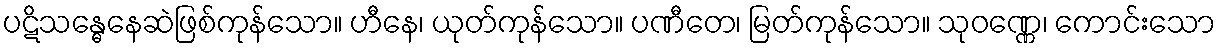
ပဋိသန္ဓေနေဆဲဖြစ်ကုန်သော။ ဟီနေ၊ ယုတ်ကုန်သော။ ပဏီတေ၊ မြတ်ကုန်သော။ သုဝဏ္ဏေ၊ ကောင်းသော